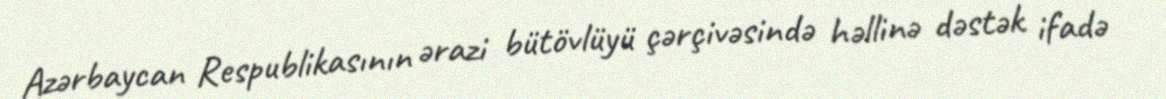
Azərbaycan Respublikasının ərazi bütövlüyü çərçivəsində həllinə dəstək ifadə